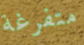
متفرغة